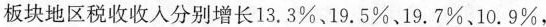
板块地区税收收入分别增长13.3\%、19.5\%、19.7\%、10.9\%，